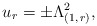
\begin{align*}u_{r} = \pm \Lambda_{(1,\,r)}^{2},\end{align*}